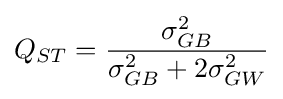
Q_{ST}={\frac {\sigma _{GB}^{2}}{\sigma _{GB}^{2}+2\sigma _{GW}^{2}}}